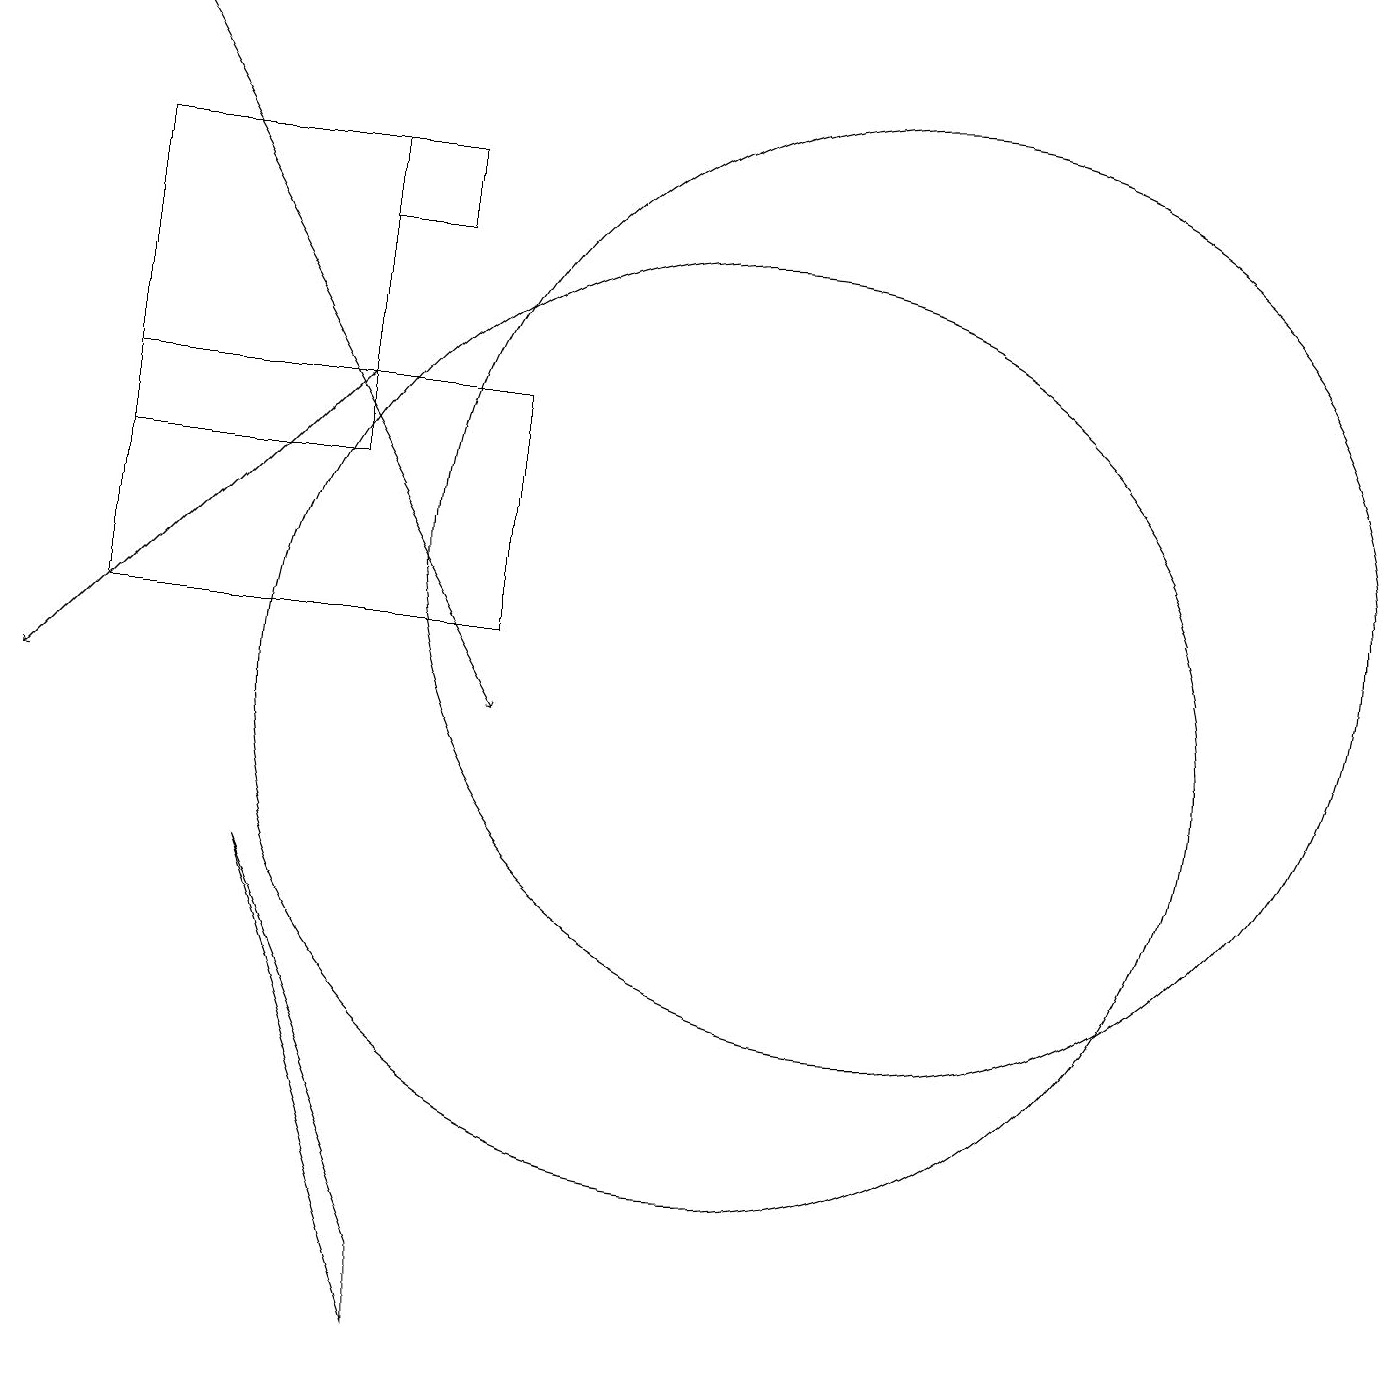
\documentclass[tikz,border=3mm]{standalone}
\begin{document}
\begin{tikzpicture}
\draw[->] (5,14) -- (1,10);
\draw[->] (2,19) -- (7,10);
\draw (12,12) circle (6);
\draw (6,2) -- (4,8) -- (6,3) -- cycle;
\draw (7,11) rectangle (2,14);
\draw (10,10) circle (6);
\draw (2,17) rectangle (5,13);
\draw (6,16) rectangle (5,17);
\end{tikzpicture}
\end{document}